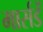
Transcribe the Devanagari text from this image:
मार्सडें